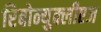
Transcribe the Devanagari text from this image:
रिबोन्युक्लीएज